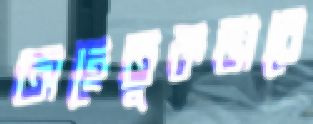
অহেতুকভাবে